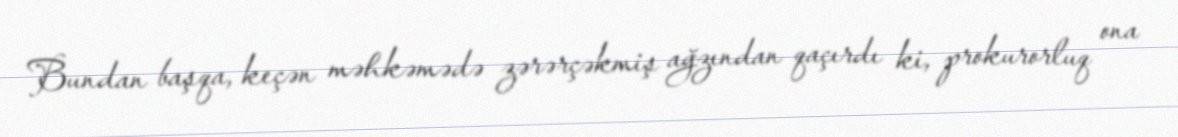
Bundan başqa, keçən məhkəmədə zərərçəkmiş ağzından qaçırdı ki, prokurorluq ona